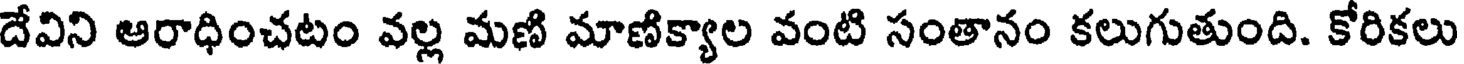
దేవిని ఆరాధించటం వల్ల మణి మాణిక్యాల వంటి సంతానం కలుగుతుంది. కోరికలు